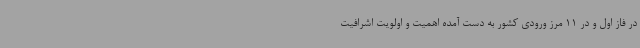
در فاز اول و در 11 مرز ورودی کشور به دست آمده اهمیت و اولویت اشرافیت